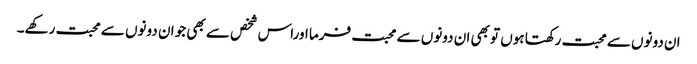
ان دونوں سے محبت رکھتا ہوں تو بھی ان دونوں سے محبت فرما اوراس شخص سے بھی جو ان دونوں سے محبت رکھے۔